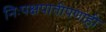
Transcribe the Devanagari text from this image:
निःपक्षपातीपणाही